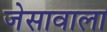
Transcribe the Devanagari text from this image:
जेसावाला